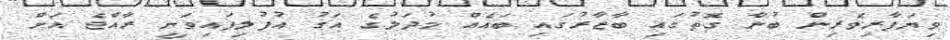
ވިޔަފާރިވެރިން ބުނާ ގޮތުގައި ބާޒާރުގައި ބައެއް މުދަލުގެ އަގު އުފުލިފައިވަނީ ރާއްޖެ އަށް